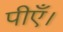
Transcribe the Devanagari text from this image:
पीएँ।